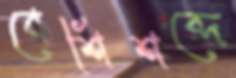
বেশিশব্দে